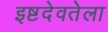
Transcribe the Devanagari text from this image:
इष्टदेवतेला